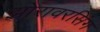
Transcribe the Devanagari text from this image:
झोरावरसिंग